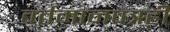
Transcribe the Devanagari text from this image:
वर्तमानपत्रही